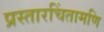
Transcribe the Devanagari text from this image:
प्रस्तारचिंतामणि